Calcutta medical institutions reports 1871-78
Year: 1871
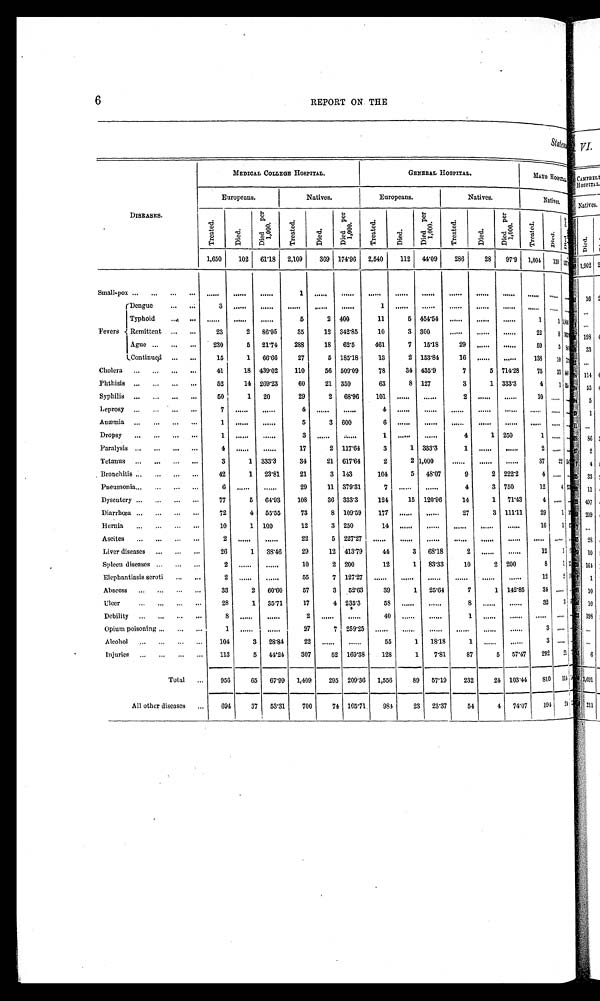
6
REPORT ON THE
S t a t e m e n t
DISEASES.
MEDICAL COLLEGE HOSPITAL.
GENERAL HOSPITAL.
MAYO HOSPITAL.
Europeans.
Natives.
Europeans.
Natives.
Natives.
Tr e a t e d.
Di ed.
D i e d p e r 1 , 0 0 0 .
Tr e a t e d.
Died.
D i e d p e r 1 , 0 0 0 .
Tr eat ed.
Di ed.
D i e d p e r 1 , 0 0 0
Tr e a t e d.
Di ed.
D i e d p e r 1 , 0 0 0 .
Tr eat ed.
Di ed. D i e d p e r 1 , 0 0 0 .
1,650
102
6 1 . 1 8 2,109
369 174.96 2,540 112 44.09 286
28 97.9
1 , 0 0 4 1 3 8
Small-pox
. . .
. . .
. . .
1
. . .
. . .
. . .
. . .
. . .
. . .
. . .
. . .
. . .
. . .
. . .
Dengue
3
. . .
. . .
. . .
. . .
. . .
1
. . .
. . .
. . .
. . .
. . .
. . . . . . . . .
Typhoid
. . .
. . .
. . .
5
2 4 0 0
1 1
5
4 5 4 . 5 4
. . .
. . .
. . .
1
1 1 , 0 0 0
Fevers Remittent
2 3
2
8 6 . 9 5
3 5
1 2
3 4 2 . 8 5
1 0
3
3 0 0
. . .
. . .
. . .
2 2
8
Ague
2 3 0
5
2 1 . 7 4
2 8 8
1 8
6 2 . 5
4 6 1
7
1 5 . 1 8
2 9
. . . . . .
5 9 5
Continued
1 5
1
6 6 . 6 6
2 7
5
1 8 5 . 1 8
1 3
2
1 5 3 . 8 4
1 6
. . . . . .
1 3 8 1 0
Cholera
4 1
1 8
4 3 9 . 0 2
1 1 0
5 6
5 0 9 . 0 9
7 8
3 4
4 3 5 . 9
7
5
7 1 4 . 2 8
7 5
3 3
Phthisis
5 2
1 4
2 6 9 . 2 3
6 0
2 1 3 5 0
6 3
8
1 2 7
3
1
3 3 3 . 3
4
1
Syphilis
5 0
1
2 0
2 9
2
6 8 . 9 6
1 0 1
. . .
. . .
2
. . .
. . .
1 0 . . . . . .
Leprosy
7
. . .
. . .
4
. . .
. . .
4
. . .
. . .
. . .
. . .
. . .
. . .
. . . . . .
Anæmia
1
. . .
. . .
5
3 6 0 0
6
. . .
. . .
. . .
. . .
. . .
. . .
. . . . . .
Dropsy
1
. . .
. . .
3
. . .
. . .
1
. . .
. . .
4
1 2 5 0
1
. . . . . .
Paralysis
4
. . .
. . .
1 7
2
1 1 7 . 6 4
3
1
3 3 3 . 3
1
. . .
. . .
2
. . . . . .
Tetanus
3
1
3 3 3 . 3
3 4
2 1
6 1 7 . 6 4
2
2
1 , 0 0 0
. . .
. . .
. . .
3 7
2 2
Bronchitis
4 2
1
2 3 . 8 1
2 1
3 1 4 3
1 0 4
5
4 8 . 0 7
9
2
2 2 2 . 2
4
. . . . . .
Pneumonia
6
. . .
. . .
2 9
1 1
3 7 9 . 3 1
7
. . .
. . .
4
3 7 5 0
1 2
4
Dysentery
7 7
5
6 4 . 9 3
1 0 8
3 6
3 3 3 . 3
1 2 4
1 5
1 2 0 . 9 6
1 4
1
7 1 . 4 3
4
. . . . . .
Diarrœa
7 2
4
5 5 . 5 5
7 3
8
1 0 9 . 5 9
1 7 7
. . .
. . .
2 7
3
1 1 1 . 1 1
2 9
1
Hernia
1 0
1
1 0 0
1 2
3 2 5 0
1 4
. . .
. . .
. . .
. . .
. . .
1 6
1
Ascites
2
. . .
. . .
2 2
5
2 2 7 . 2 7
. . .
. . .
. . .
. . .
. . .
. . .
. . .
. . . . . .
Liver diseases
2 6
1
3 8 . 4 6
2 9
1 2
4 1 3 . 7 9
4 4
3
6 8 . 1 8
2
. . .
. . .
1 2
1
Spleen diseases
2
. . .
. . .
1 0
2
2 0 0
1 2
1
8 3 . 3 3
1 0
2
2 0 0
8 1
Elephantiasis scroti
2
. . . . . .
5 5
7
1 2 7 . 2 7
. . .
. . .
. . .
. . .
. . .
. . .
1 2 2
Abscess
3 3
2
6 0 . 6 0
5 7
3
5 2 . 6 3
3 9
1
2 5 . 6 4
7
1
1 4 2 . 8 5
3 4 . . .
. . .
Ulcer
2 8
1
3 5 . 7 1
1 7
4 2 3 5 . 3
5 8
. . .
. . .
8
. . .
. . .
3 2 3
Debility
8
. . .
. . .
2
. . . . . .
4 0
. . .
. . .
1 . . .
. . .
. . .
. . . . . .
Opium poisoning
1 . . .
. . .
2 7
7
2 5 9 . 2 5
. . .
. . .
. . .
. . .
. . .
. . .
3
. . . . . .
Alcohol
1 0 4
3
2 8 . 8 4
2 2
. . .
. . .
5 5
1
1 8 . 1 8
1 . . .
. . .
3
. . . . . .
Injuries
1 1 3
5
4 4 . 2 4
3 0 7
5 2
1 6 9 . 3 8
1 2 8
1
7 . 8 1
8 7
5
5 7 . 4 7
2 9 2 2 1
Total
9 5 6
6 5
6 7 . 9 9
1 , 4 0 9
2 9 5
2 0 9 . 3 6
1 , 5 5 6
8 9
5 7 . 1 9
2 3 2
2 4
1 0 3 . 4 4
8 1 0 1 1 4
All other diseases
6 9 4
3 7 5 3 . 3 1
7 0 0
7 4
1 0 5 . 7 1
9 8 4
2 3 2 3 . 3 7
5 4 4
7 4 . 0 7
1 9 4 2 4